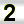
Digit: 2